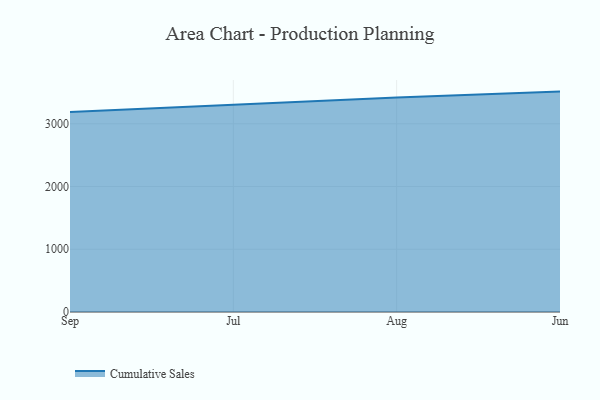
{"axis": {"x": "Month", "y": "Bounce Rate (%)"}, "legend": ["Cumulative Sales"], "data": [{"x": "Sep", "y": 3187.8, "type": "Cumulative Sales"}, {"x": "Jul", "y": 3303.9, "type": "Cumulative Sales"}, {"x": "Aug", "y": 3417.5, "type": "Cumulative Sales"}, {"x": "Jun", "y": 3513.3, "type": "Cumulative Sales"}]}